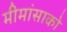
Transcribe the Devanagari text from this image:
मीमांसाकाे